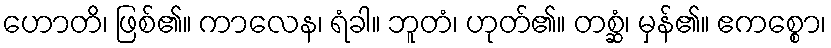
ဟောတိ၊ ဖြစ်၏။ ကာလေန၊ ရံခါ။ ဘူတံ၊ ဟုတ်၏။ တစ္ဆံ၊ မှန်၏။ ဧကစ္စော၊